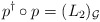
\begin{align*} p^{\dagger} \circ p=(L_2)_{\mathcal G}\end{align*}